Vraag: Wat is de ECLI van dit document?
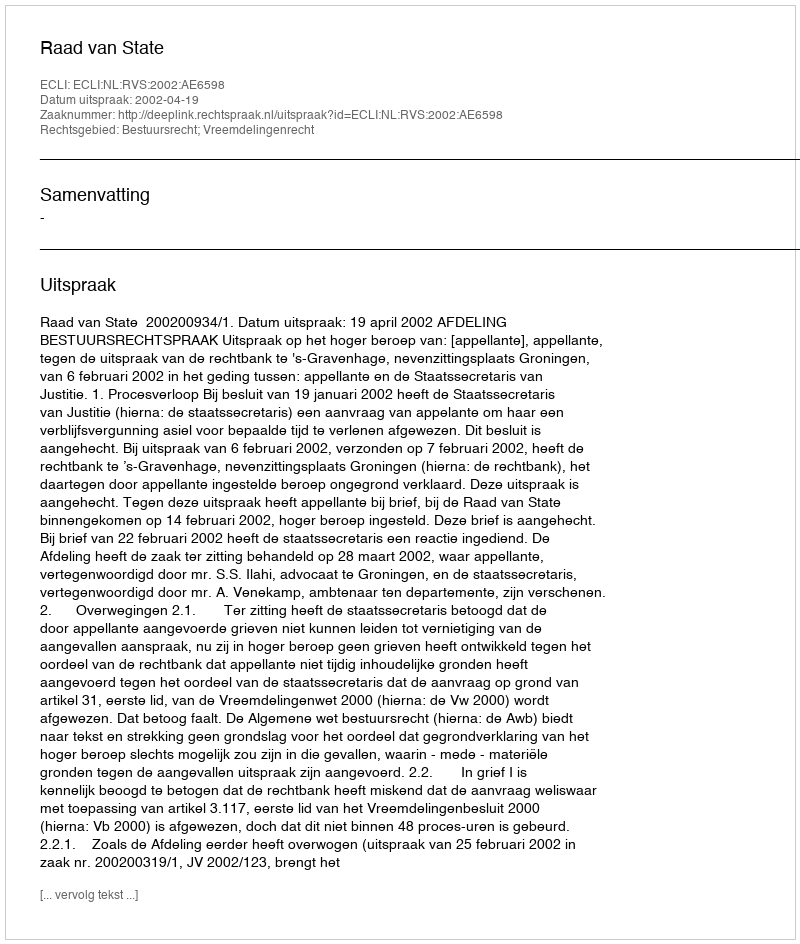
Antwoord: ECLI:NL:RVS:2002:AE6598